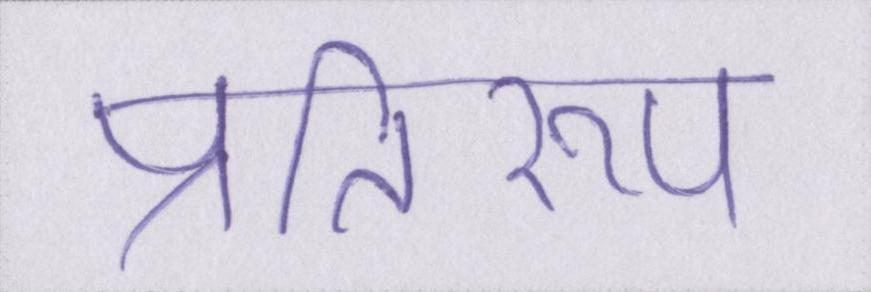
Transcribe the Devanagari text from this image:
प्रतिरूप